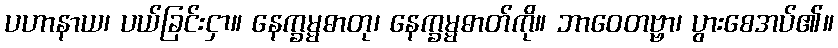
ပဟာနာယ၊ ပယ်ခြင်းငှာ။ နေက္ခမ္မဓာတု၊ နေက္ခမ္မဓာတ်ကို။ ဘာဝေတဗ္ဗာ၊ ပွားစေအပ်၏။